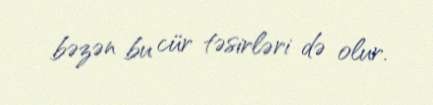
bəzən bu cür təsirləri də olur.